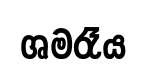
ශමරෑය